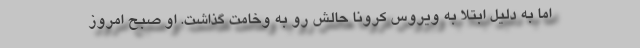
اما به دلیل ابتلا به ویروس کرونا حالش رو به وخامت گذاشت. او صبح امروز